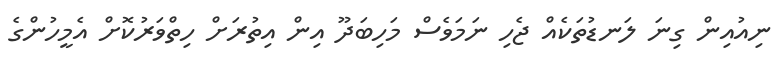
ނިއުއިން ގިނަ ލަނޑުތަކެއް ޖެހި ނަމަވެސް މަހިބަދޫ އިން އިތުރަށް ހިތްވަރުކޮށް އެމީހުންގެ